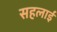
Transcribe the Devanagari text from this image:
सहलाई